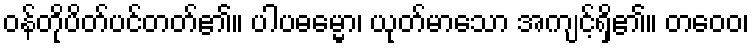
ဝန်တိုပိတ်ပင်တတ်၏။ ပါပဓမ္မော၊ ယုတ်မာသော အကျင့်ရှိ၏။ တဝေဝ၊